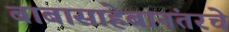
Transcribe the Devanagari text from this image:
बाबासाहेबानंतरचे